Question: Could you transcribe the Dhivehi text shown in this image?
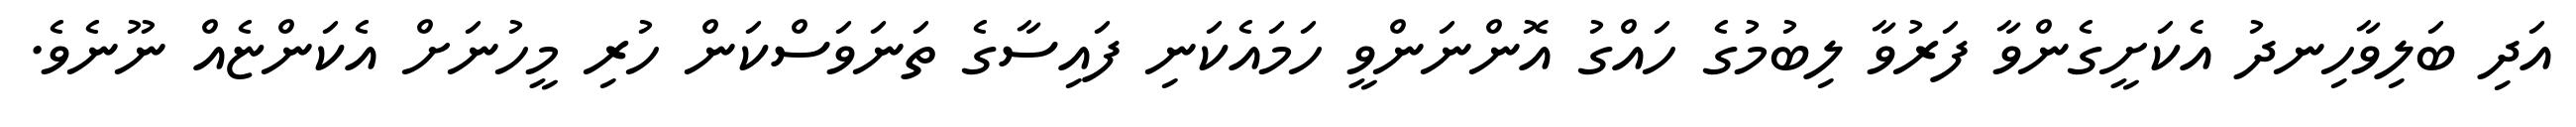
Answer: އަދި ބަލިވާހިނދު އެކަށީގެންވާ ފަރުވާ ލިބުމުގެ ހައްގު އޮންނަންވީ ހަމައެކަނި ފައިސާގެ ތަނަވަސްކަން ހުރި މީހުނަށް އެކަންޏެއް ނޫނެވެ.